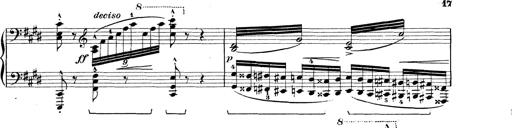
Title: Rapsodie: 19 ungheresi, 1 spagnuola
Composer: Franz Liszt